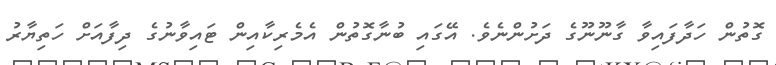
ގޮތުން ހަދާފައިވާ ގާނޫނޫގެ ދަށުންނެވެ. އޭގައި ބުނާގޮތުން އެމެރިކާއިން ޓައިވާނުގެ ދިފާއަށް ހަތިޔާރު